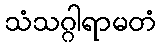
သံသဂ္ဂါရာမတံ